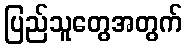
ပြည်သူတွေအတွက်